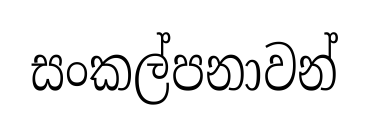
සංකල්පනාවන්